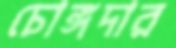
চোঙ্গদার